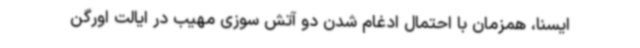
ایسنا، همزمان با احتمال ادغام شدن دو آتش سوزی مهیب در ایالت اورگن